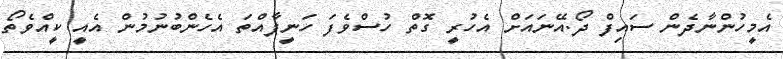
އެމީހުންނާދެން ސައިފް ދޯ.އޭނައަށް އެހުރީ ގޮތް ހުސްވެފަ ހަނީފާއްތަ އެހެންބުނުމުން އެއީ ކީއްވެތޯ